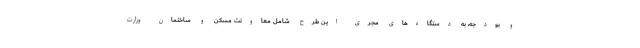
و بودجه، به دستگاه‌های مجری این طرح شامل معاونت مسکن و ساختمان وزارت